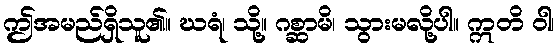
ဤအမည်ရှိသူ၏။ ဃရံ၊ သို့။ ဂစ္ဆာမိ၊ သွားမလို့ပါ။ ဣတိ ဝါ၊